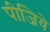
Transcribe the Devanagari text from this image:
पीजिये